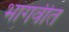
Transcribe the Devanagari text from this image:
भागवीत